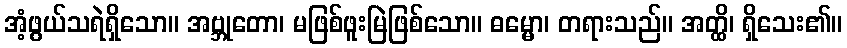
အံ့ဖွယ်သရဲရှိသော။ အဗ္ဘုတော၊ မဖြစ်ဖူးမြဲဖြစ်သော။ ဓမ္မော၊ တရားသည်။ အတ္ထိ၊ ရှိသေး၏။